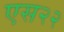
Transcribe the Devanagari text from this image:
एस२२